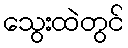
သွေးထဲတွင်